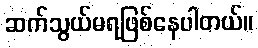
ဆက်သွယ်မရဖြစ်နေပါတယ်။